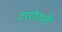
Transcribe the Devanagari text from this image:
दारोदारी